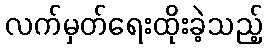
လက်မှတ်ရေးထိုးခဲ့သည့်